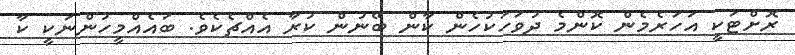
ރޮށްޓަކީ އަހަރެމެން ކޮންމެ ދުވަހަކުހެން ކާން ބޭނުން ކުރާ އެއްޗެކެވެ. ބައެއްމީހުންނަކީ ކާ